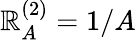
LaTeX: \mathbb{R}_{A}^{(2)}=1/A